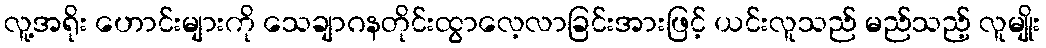
လူ့အရိုး ဟောင်းများကို သေချာဂနတိုင်းထွာလေ့လာခြင်းအားဖြင့် ယင်းလူသည် မည်သည့် လူမျိုး